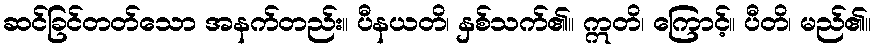
ဆင်ခြင်တတ်သော အနက်တည်း။ ပီနယတိ၊ နှစ်သက်၏။ ဣတိ၊ ကြောင့်။ ပီတိ၊ မည်၏။